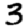
Digit: 3